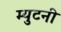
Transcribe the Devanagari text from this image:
म्युटनी